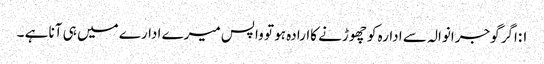
۱:اگر گوجرانوالہ سے ادارہ کو چھوڑنے کاارادہ ہو تو واپس میرے ادارے میں ہی آنا ہے ۔